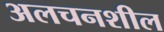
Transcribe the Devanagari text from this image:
अलचनशील